Scientific memoirs by medical officers of the Army of India - Part VII,
Year: 1892
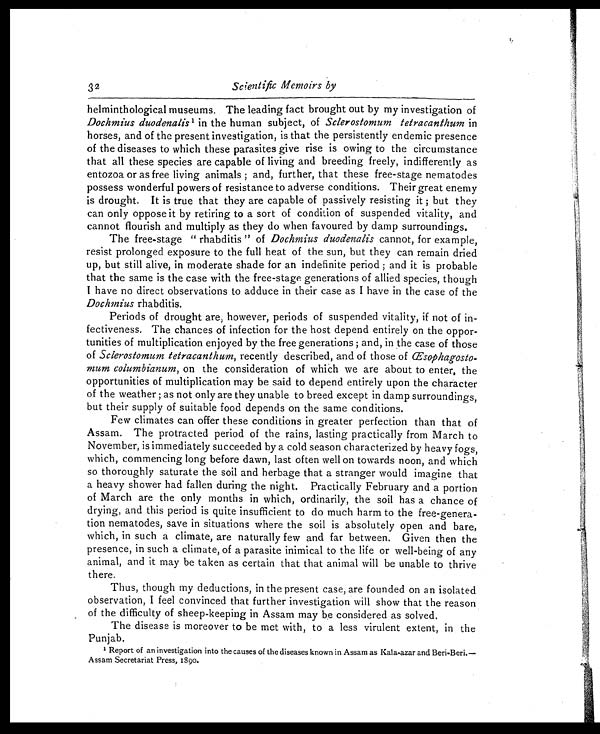
32
Scientific Memoirs by
helminthological museums. The leading fact brought out by my investigation of
Dochmius duodenalisi 1 in the human subject, of Sclerostomum tetracanthum in
horses, and of the present investigation, is that the persistently endemic presence
of the diseases to which these parasites give rise is owing to the circumstance
that all these species are capable of living and breeding freely, indifferently as
entozoa or as free living animals ; and, further, that these free-stage nematodes
possess wonderful powers of resistance to adverse conditions. Their great enemy
is drought. It is true that they are capable of passively resisting it ; but they
can only oppose it by retiring to a sort of condition of suspended vitality, and
cannot flourish and multiply as they do when favoured by damp surroundings.
The free-stage " rhabditis " of Dochmius duodenalis cannot, for example,
resist prolonged exposure to the full heat of the sun, but they can remain dried
up, but still alive, in moderate shade for an indefinite period ; and it is probable
that the same is the case with the free-stage generations of allied species, though
I have no direct observations to adduce in their case as I have in the case of the
Dochmius rhabditis.
Periods of drought are ; however, periods of suspended vitality, if not of in-
fectiveness. The chances of infection for the host depend entirely on the oppor-
tunities of multiplication enjoyed by the free generations ; and, in the case of those
of Sclerostomum tetracanthum, recently described, and of those of
Œ s o p h a g o s t o - m u m c o l u m b i a n u m ,o
n t h e c o n s i d e r a t i o n o f w h i c h w e a r e a b o u t t o e n t e r , t h e
opportunities of multiplication may be said to depend entirely upon the character
of the weather ; as not only are they unable to breed except in damp surroundings,
but their supply of suitable food depends on the same conditions.
Few climates can offer these conditions in greater perfection than that of
Assam. The protracted period of the rains, lasting practically from March to
November, is immediately succeeded by a cold season characterized by heavy fogs,
which, commencing long before dawn, last often well on towards noon, and which
so thoroughly saturate the soil and herbage that a stranger would imagine that
a heavy shower had fallen during the night. Practically February and a portion
of March are the only months in which, ordinarily, the soil has a chance of
drying, and this period is quite insufficient to do much harm to the free-genera-
tion nematodes, save in situations where the soil is absolutely open and bare,
which, in such a climate, are naturally few and far between. Given then the
presence, in such a climate, of a parasite inimical to the life or well-being of any
animal, and it may be taken as certain that that animal will be unable to thrive
there.
Thus, though my deductions, in the present case, are founded on an isolated
observation, I feel convinced that further investigation will show that the reason
of the difficulty of sheep-keeping in Assam may be considered as solved.
The disease is moreover to be met with, to a less virulent extent, in the
Punjab.
1 Report of an investigation into the causes of the diseases known in Assam as Kala-azar and Beri-Beri. —
Assam Secretariat Press, 1890.